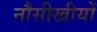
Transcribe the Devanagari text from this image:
नौसीखीयों